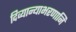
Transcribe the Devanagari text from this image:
दिव्यान्याभरणानि